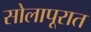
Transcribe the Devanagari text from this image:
सोलापूरात